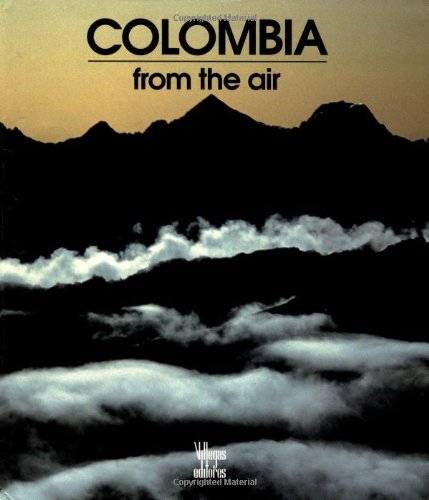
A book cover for Colombia from the Air; Gustavo Wilches-Chaux; Travel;